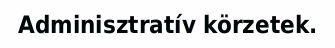
Adminisztratív körzetek.